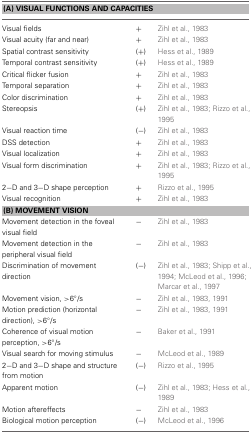
<table><thead><tr><td colspan="3"><b>(A) VISUAL FUNCTIONS AND CAPACITIES</b></td></tr></thead><tbody><tr><td>Visual fields</td><td>+</td><td>Zihl et al., 1983</td></tr><tr><td>Visual acuity (far and near)</td><td>+</td><td>Zihl et al., 1983</td></tr><tr><td>Spatial contrast sensitivity</td><td>(+)</td><td>Hess et al., 1989</td></tr><tr><td>Temporal contrast sensitivity</td><td>(+)</td><td>Hess et al., 1989</td></tr><tr><td>Critical flicker fusion</td><td>+</td><td>Zihl et al., 1983</td></tr><tr><td>Temporal separation</td><td>+</td><td>Zihl et al., 1983</td></tr><tr><td>Color discrimination</td><td>+</td><td>Zihl et al., 1983</td></tr><tr><td>Stereopsis</td><td>(+)</td><td>Zihl et al., 1983; Rizzo et al., 1995</td></tr><tr><td>Visual reaction time</td><td>(<b>−</b>)</td><td>Zihl et al., 1983</td></tr><tr><td>DSS detection</td><td>+</td><td>Zihl et al., 1983</td></tr><tr><td>Visual localization</td><td>+</td><td>Zihl et al., 1983</td></tr><tr><td>Visual form discrimination</td><td>+</td><td>Zihl et al., 1983; Rizzo et al., 1995</td></tr><tr><td>2−D and 3−D shape perception</td><td>+</td><td>Rizzo et al., 1995</td></tr><tr><td>Visual recognition</td><td>+</td><td>Zihl et al., 1983</td></tr><tr><td colspan="3"><b>(B) MOVEMENT VISION</b></td></tr><tr><td>Movement detection in the foveal visual field</td><td><b>−</b></td><td>Zihl et al., 1983</td></tr><tr><td>Movement detection in the peripheral visual field</td><td><b>−</b></td><td>Zihl et al., 1983</td></tr><tr><td>Discrimination of movement direction</td><td>(<b>−</b>)</td><td>Zihl et al., 1983; Shipp et al., 1994; McLeod et al., 1996; Marcar et al., 1997</td></tr><tr><td>Movement vision, &gt;6°/s</td><td><b>−</b></td><td>Zihl et al., 1983, 1991</td></tr><tr><td>Motion prediction (horizontal direction), &gt;6°/s</td><td><b>−</b></td><td>Zihl et al., 1983, 1991</td></tr><tr><td>Coherence of visual motion perception, &gt;6°/s</td><td><b>−</b></td><td>Baker et al., 1991</td></tr><tr><td>Visual search for moving stimulus</td><td><b>−</b></td><td>McLeod et al., 1989</td></tr><tr><td>2−D and 3−D shape and structure from motion</td><td>(<b>−</b>)</td><td>Rizzo et al., 1995</td></tr><tr><td>Apparent motion</td><td>(<b>−</b>)</td><td>Zihl et al., 1983; Hess et al., 1989</td></tr><tr><td>Motion aftereffects</td><td><b>−</b></td><td>Zihl et al., 1983</td></tr><tr><td>Biological motion perception</td><td>(<b>−</b>)</td><td>McLeod et al., 1996</td></tr></tbody></table>